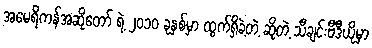
အမေရိကန်အဆိုတော် ရဲ့ ၂၀၁၀ ခုနှစ်မှာ ထွက်ရှိခဲ့တဲ့ ဆိုတဲ့ သီချင်းဗီဒီယိုမှာ